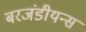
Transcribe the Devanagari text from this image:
बरजंडीयन्स